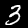
Label: 3